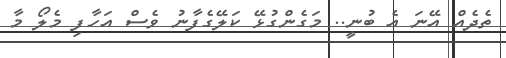
ތެދެެއް އޭނަ އެ ބުނީ.. މަގެންގުޅޭ ކަލޭގެފާނު ވެސް އަހާފި މެލޯ މާ